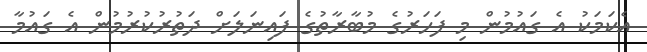
އެކަމަކު އެ ގައުމުން މި ފަހަރުގެ މުބާރާތުގެ ފައިނަލަށް ދަތުރުކުރުމުން އެ ގައުމާ